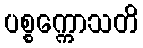
ပစ္စက္ကောသတိ